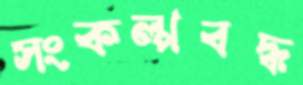
সংকল্পবদ্ধ